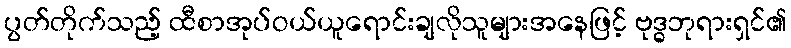
ပွတ်တိုက်သည့် ထီစာအုပ်ဝယ်ယူရောင်းချလိုသူများအနေဖြင့် ဗုဒ္ဓဘုရားရှင်၏